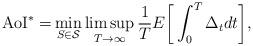
LaTeX: \begin{align*}{ {\rm AoI}^*}=& \min_{S\in \mathcal{S}} \limsup_{T\to \infty} \frac{1}{T}E\bigg[\int_{0}^{T} \Delta_t dt \bigg],\end{align*}